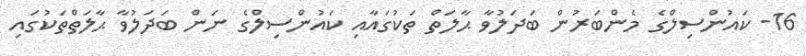
16- ކައުންސިލްގެ މެންބަރުން ބަދަލުވާ ޙާލަތް ތަކުގައާއި ކައުންސިލްގެ ނަން ބަދަލުވާ ޙާލަތްތަކުގައި